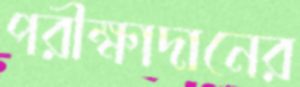
পরীক্ষাদানের